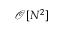
\mathcal { O } [ N ^ { 2 } ]